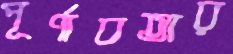
পূর্ণাবতার